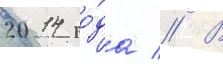
2014 го́да // В